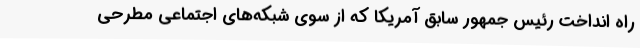
راه‌ انداخت رئیس جمهور سابق آمریکا که از سوی شبکه‌های اجتماعی مطرحی